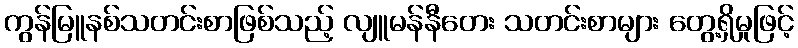
ကွန်မြူနစ်သတင်းစာဖြစ်သည့် လျူမန်နီတေး သတင်းစာများ တွေ့ရှိမှုဖြင့်